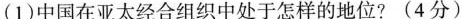
(1)中国在亚太经合组织中处于怎样的地位?(4分)